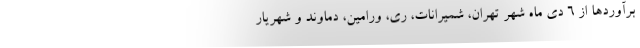
برآوردها از ۶ دی ماه شهر تهران، شمیرانات، ری، ورامین، دماوند و شهریار